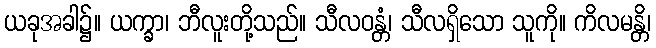
ယခုအခါ၌။ ယက္ခာ၊ ဘီလူးတို့သည်။ သီလဝန္တံ၊ သီလရှိသော သူကို။ ကိလမန္တိ၊